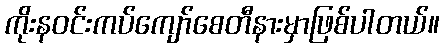
ကိုးန၀င်းကပ်ကျော်စေတီနားမှာဖြစ်ပါတယ်။